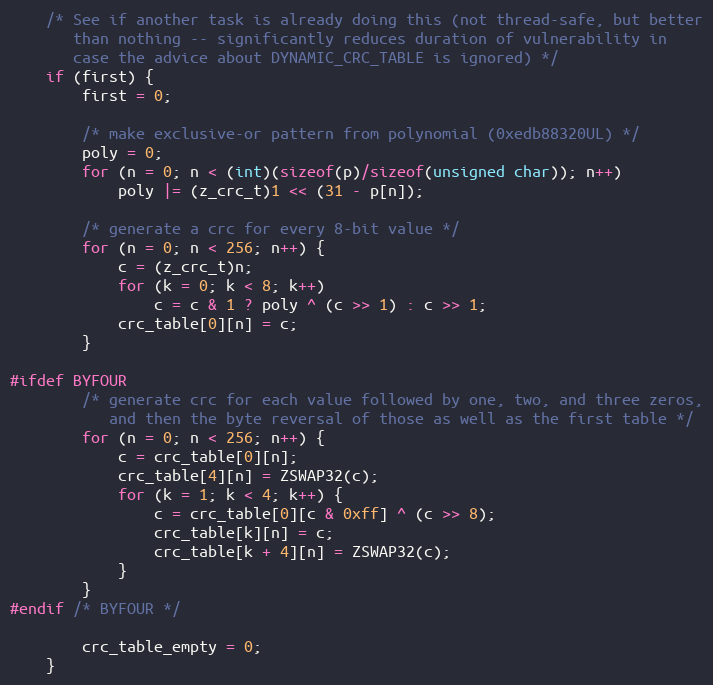
Language: C
    /* See if another task is already doing this (not thread-safe, but better
       than nothing -- significantly reduces duration of vulnerability in
       case the advice about DYNAMIC_CRC_TABLE is ignored) */
    if (first) {
        first = 0;

        /* make exclusive-or pattern from polynomial (0xedb88320UL) */
        poly = 0;
        for (n = 0; n < (int)(sizeof(p)/sizeof(unsigned char)); n++)
            poly |= (z_crc_t)1 << (31 - p[n]);

        /* generate a crc for every 8-bit value */
        for (n = 0; n < 256; n++) {
            c = (z_crc_t)n;
            for (k = 0; k < 8; k++)
                c = c & 1 ? poly ^ (c >> 1) : c >> 1;
            crc_table[0][n] = c;
        }

#ifdef BYFOUR
        /* generate crc for each value followed by one, two, and three zeros,
           and then the byte reversal of those as well as the first table */
        for (n = 0; n < 256; n++) {
            c = crc_table[0][n];
            crc_table[4][n] = ZSWAP32(c);
            for (k = 1; k < 4; k++) {
                c = crc_table[0][c & 0xff] ^ (c >> 8);
                crc_table[k][n] = c;
                crc_table[k + 4][n] = ZSWAP32(c);
            }
        }
#endif /* BYFOUR */

        crc_table_empty = 0;
    }